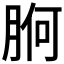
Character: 𭨸